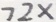
7 2 x